Report of the King Institute of Preventive Medicine, Guindy
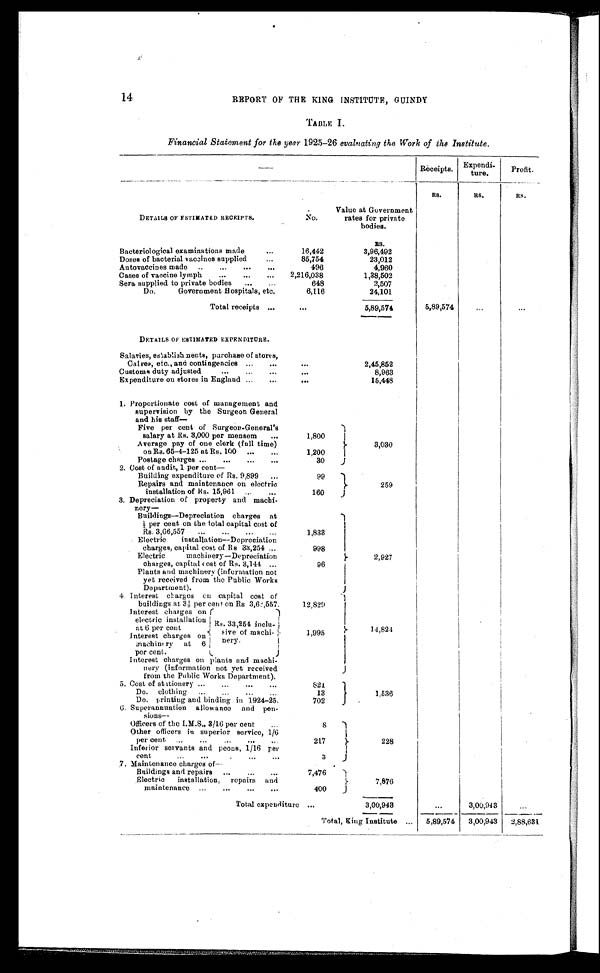
14
REPORT OF THE KING INSTITUTE, GUINDY
TABLE I.
Financial Statement for the year 1925-26 evaluating the Work of the Institute.
Receipts.
Expendi-
ture.
Profit.
RS.
RS.
RS.
DETAILS OF ESTIMATED RECEIPTS.
N o .
Value at Government
rates for private
bodies.
Bacteriological examinations made . . .
16,442
RS.
3,96,492
Doses of bacterial vaccines supplied . . .
85,754
23,012
Autovaccines made . . .
496
4,960
Cases of vaccine lymph . . .
2,216,038
1,38,502
Sera supplied to private bodies . . .
648
2,507
Do. Government Hospitals, etc. . . .
6,116
24,101
Total receipts . . .
5,89,574
5,89,574
. . .
. . .
DETAILS OF ESTIMATED EXPENDITURE.
Salaries, establishments, purchase of stores,
Calves, etc., and contingencies . . .
2,45,852
Customs duty adjusted . . .
8,963
Expenditure on stores in England . . .
15,448
1. Proportionate cost of management and
supervision by the Surgeon General
and his staff—
Five per cent of Surgeon-General's
salary at Rs. 3,000 per mensem . . .
1,800
Average pay of one clerk (full time)
on Rs. 65-4-125 at R. 100 . . .
1,200
3,030
Postage charges . . .
2. Cost of audit, 1 per cent—
30
Building expenditure of Rs. 9,899 . . .
99
Repairs and maintenance on electric
installation of Rs. 15,961 . . .
160
259
3. Depreciation of property and machi -
nery
Buildings—Depreciation charges at
½per cent on the total capital cost of
Rs. 3,66,557 . . .
1,833
Electric installation—Depreciation
charges, capital cost of Rs 33,254 . . .
998
Electric machinery—Depreciation
charges, capital cost of Rs. 3,144 . . .
96
2,927
Plants and machinery (information not
yet received from the Public Works
D e p a r t m e n t . ) . . .
4. Interest Charges on capital cost of
buildings at 3 per cent on Rs 3,62,557.
12,829
Interest charges on
electric installation
at 6 per cent
Rs. 33,254 inclu-
sive of machi-
n e r y .
1,995
14,824
Interest charges on
machinary at 6
per cent . . .
Interest charges on plants and machi -
nery (information not yet received
from the Public Works Department).
5. Cost of stationery . . .
821
Do. clothing. . . .
13
1,536
Do. printing and binding in 1924-25. . . .
702
6. Superannuation allowance and pen-
sions—
Officers of the I.M.S., 3/16 per cent . . .
8
Other officers in superior service, 1/6
per cent. . .
217
228
Inferior servants and peons, 1/16 per
cent
.
.
.
3
7. Maintenance charges of
—
Buildings and repairs . . .
7,476
Electric installation, repairs and
maintenance . . .
400
7,876
Total expenditure . . .
3,00,943
. . .
3 , 0 0 , 9 4 3
. . .
Total, King Institute
. . .
5,89,574
3,00,943
2,88,631